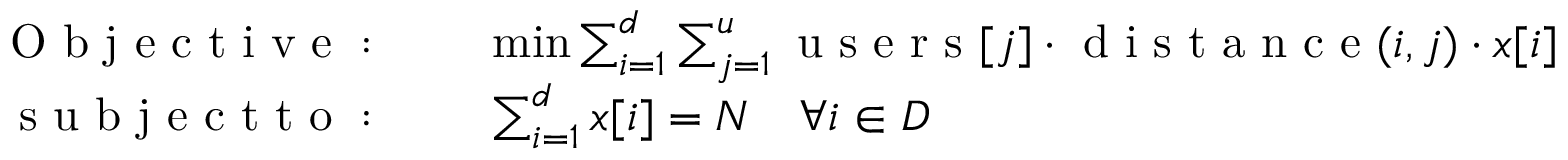
\begin{array} { r l } { \mathrm { ~ O ~ b ~ j ~ e ~ c ~ t ~ i ~ v ~ e ~ : ~ } \quad } & { { } \operatorname* { m i n } \sum _ { i = 1 } ^ { d } \sum _ { j = 1 } ^ { u } \mathrm { ~ u ~ s ~ e ~ r ~ s ~ } [ j ] \cdot \mathrm { ~ d ~ i ~ s ~ t ~ a ~ n ~ c ~ e ~ } ( i , j ) \cdot x [ i ] } \\ { \mathrm { ~ s ~ u ~ b ~ j ~ e ~ c ~ t ~ t ~ o ~ : ~ } \quad } & { { } \sum _ { i = 1 } ^ { d } x [ i ] = N \quad \forall i \in D } \end{array}